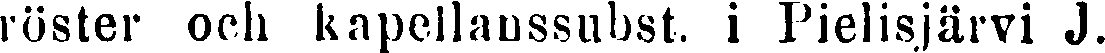
röster och kapellanssubst, i Pielisjärvi J.